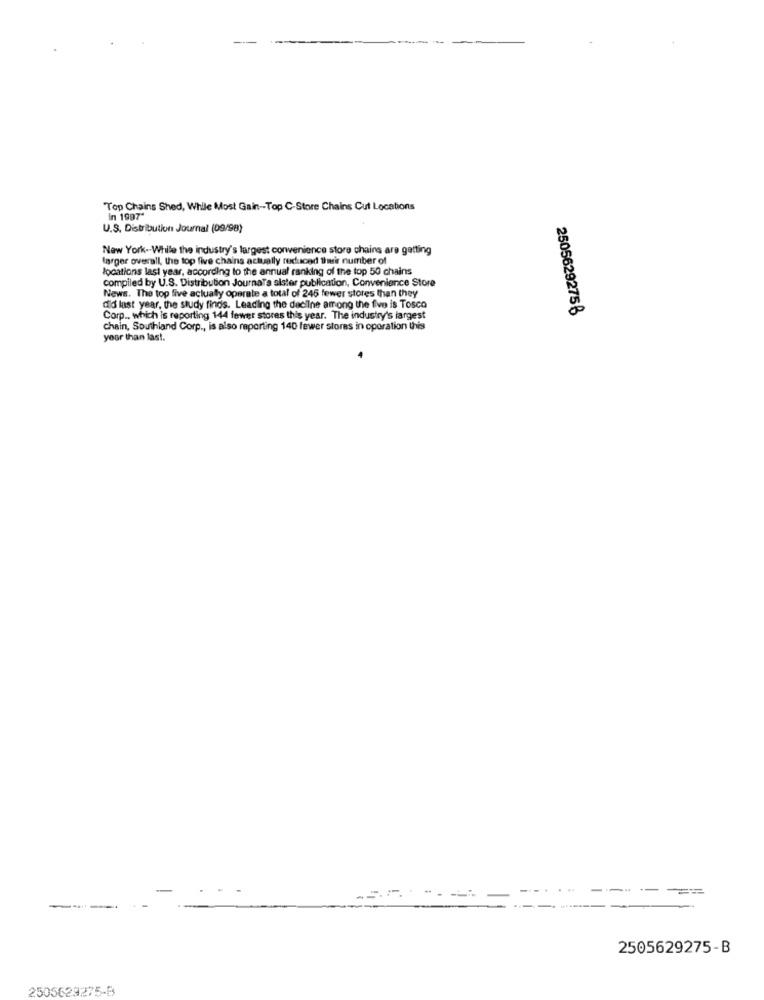
Top Chains Shed, While Most Gain-Top C-Store Chains Cut Locations
in 1997*
U.S. Distribution Journal (09/98)
New York -- While the industry's largest convenience store chains are getting
farger overall, the top five chains actually reduced their number of
locations last year, according to the annual ranking of the top 50 chains
compiled by U.S. Distribution JournaTa alster publication, Convenience Store
News. The top five actually operate a total of 246 fewer stores than they
did last year, the study finds. Leading the decline among the five is Tosco
2505629275₿
Corp ., which is reporting 144 fewer stores this year. The industry's largest
chain, Southland Corp ., is also reporting 140 fewer stores in operation this
your than last.
2505629275-B
2505629275-B